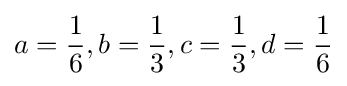
a={\frac {1}{6}},b={\frac {1}{3}},c={\frac {1}{3}},d={\frac {1}{6}}